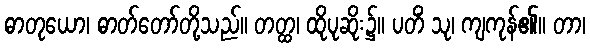
ဓာတုယော၊ ဓာတ်တော်တို့သည်။ တတ္ထ၊ ထိုပုဆိုး၌။ ပတိံ သု၊ ကျကုန်၏။ တာ၊